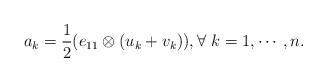
LaTeX: \begin{align*} a_k=\frac 1 2 (e_{11}\otimes (u_k+v_k)), \forall \ k=1,\cdots, n. \end{align*}